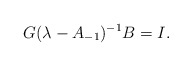
\begin{align*} G(\lambda-A_{-1})^{-1}B=I.\end{align*}